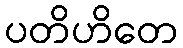
ပတိဟိတေ